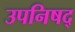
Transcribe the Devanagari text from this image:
उपनिषद्